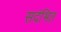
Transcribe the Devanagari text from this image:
सदंभित